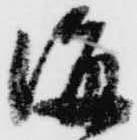
海